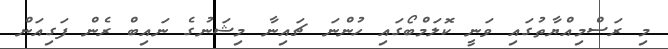
މި ރަސްމިއްޔާތުގައި ވަނީ ކޮލަމްބޯގައި ހުންނަ ޗައިނާ މިޝަނުގެ ނައިބް ރެން ފަގިއަން